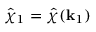
\hat { \chi } _ { 1 } = \hat { \chi } ( \mathbf { k } _ { 1 } )